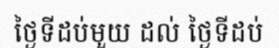
ថ្ងៃទីដប់មួយ ដល់ ថ្ងៃទីដប់